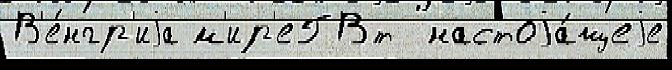
В'е́нгр'иjа м'ир'еГВт  настоjа́щеjе